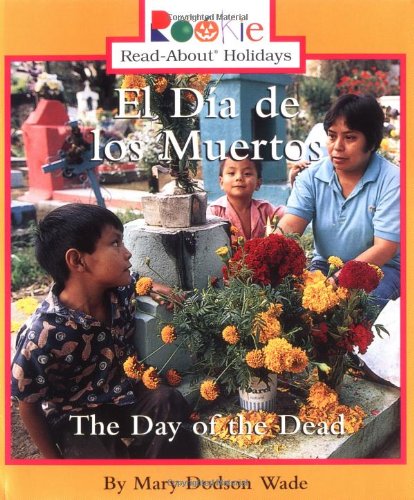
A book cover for El Dia De Los Muertos: The Day of the Dead (Rookie Read-About Holidays); Mary Dodson Wade; Children's Books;